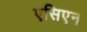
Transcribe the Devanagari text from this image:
एसिएन